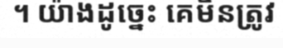
។ យ៉ាងដូច្នេះ គេមិនត្រូវ